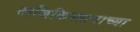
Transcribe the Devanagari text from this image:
ताजिकिस्तानाच्या